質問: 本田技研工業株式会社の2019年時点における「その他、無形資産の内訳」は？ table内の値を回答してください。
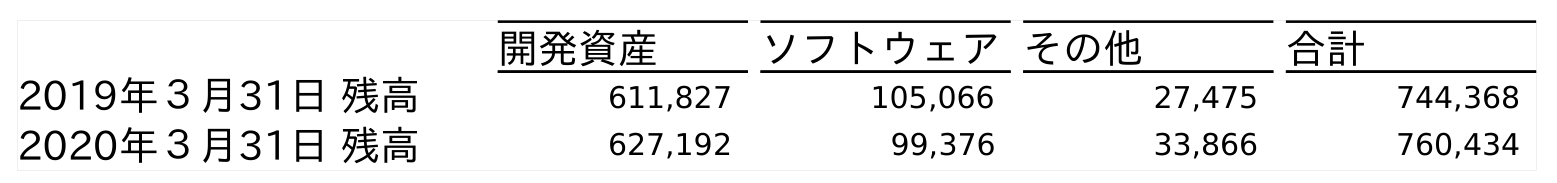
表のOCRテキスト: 開発資産 ソフトウェアその他 合計 2019年３月31日 残高 611,827 105,066 27,475 744,368 2020年３月31日 残高 627,192 99,376 33,866 760,434
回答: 27,475